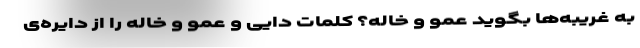
به غریبه‌ها بگوید عمو و خاله؟ کلمات دایی و عمو و خاله را از دایره‌ی